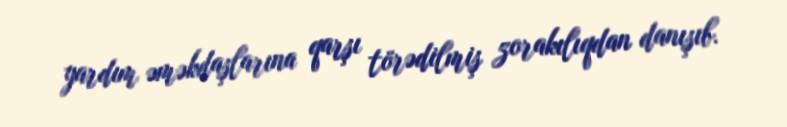
yardım əməkdaşlarına qarşı törədilmiş zorakılıqdan danışıb.